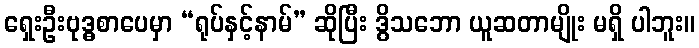
ရှေးဦးဗုဒ္ဓစာပေမှာ “ရုပ်နှင့်နာမ်” ဆိုပြီး ဒွိသဘော ယူဆတာမျိုး မရှိ ပါဘူး။